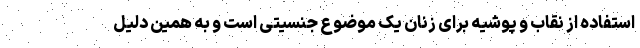
استفاده از نقاب و پوشیه برای زنان یک موضوع جنسیتی است و به همین دلیل